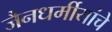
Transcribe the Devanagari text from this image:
जैनधर्मीयांचे